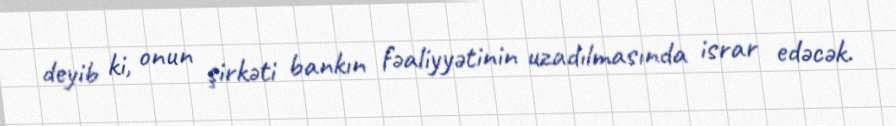
deyib ki, onun şirkəti bankın fəaliyyətinin uzadılmasında israr edəcək.